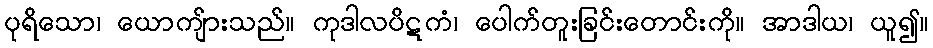
ပုရိသော၊ ယောကျ်ားသည်။ ကုဒါလပိဋကံ၊ ပေါက်တူးခြင်းတောင်းကို။ အာဒါယ၊ ယူ၍။